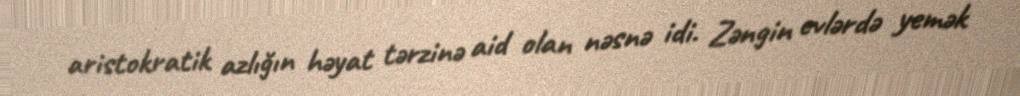
aristokratik azlığın həyat tərzinə aid olan nəsnə idi. Zəngin evlərdə yemək